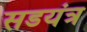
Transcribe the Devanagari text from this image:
सडयंत्र